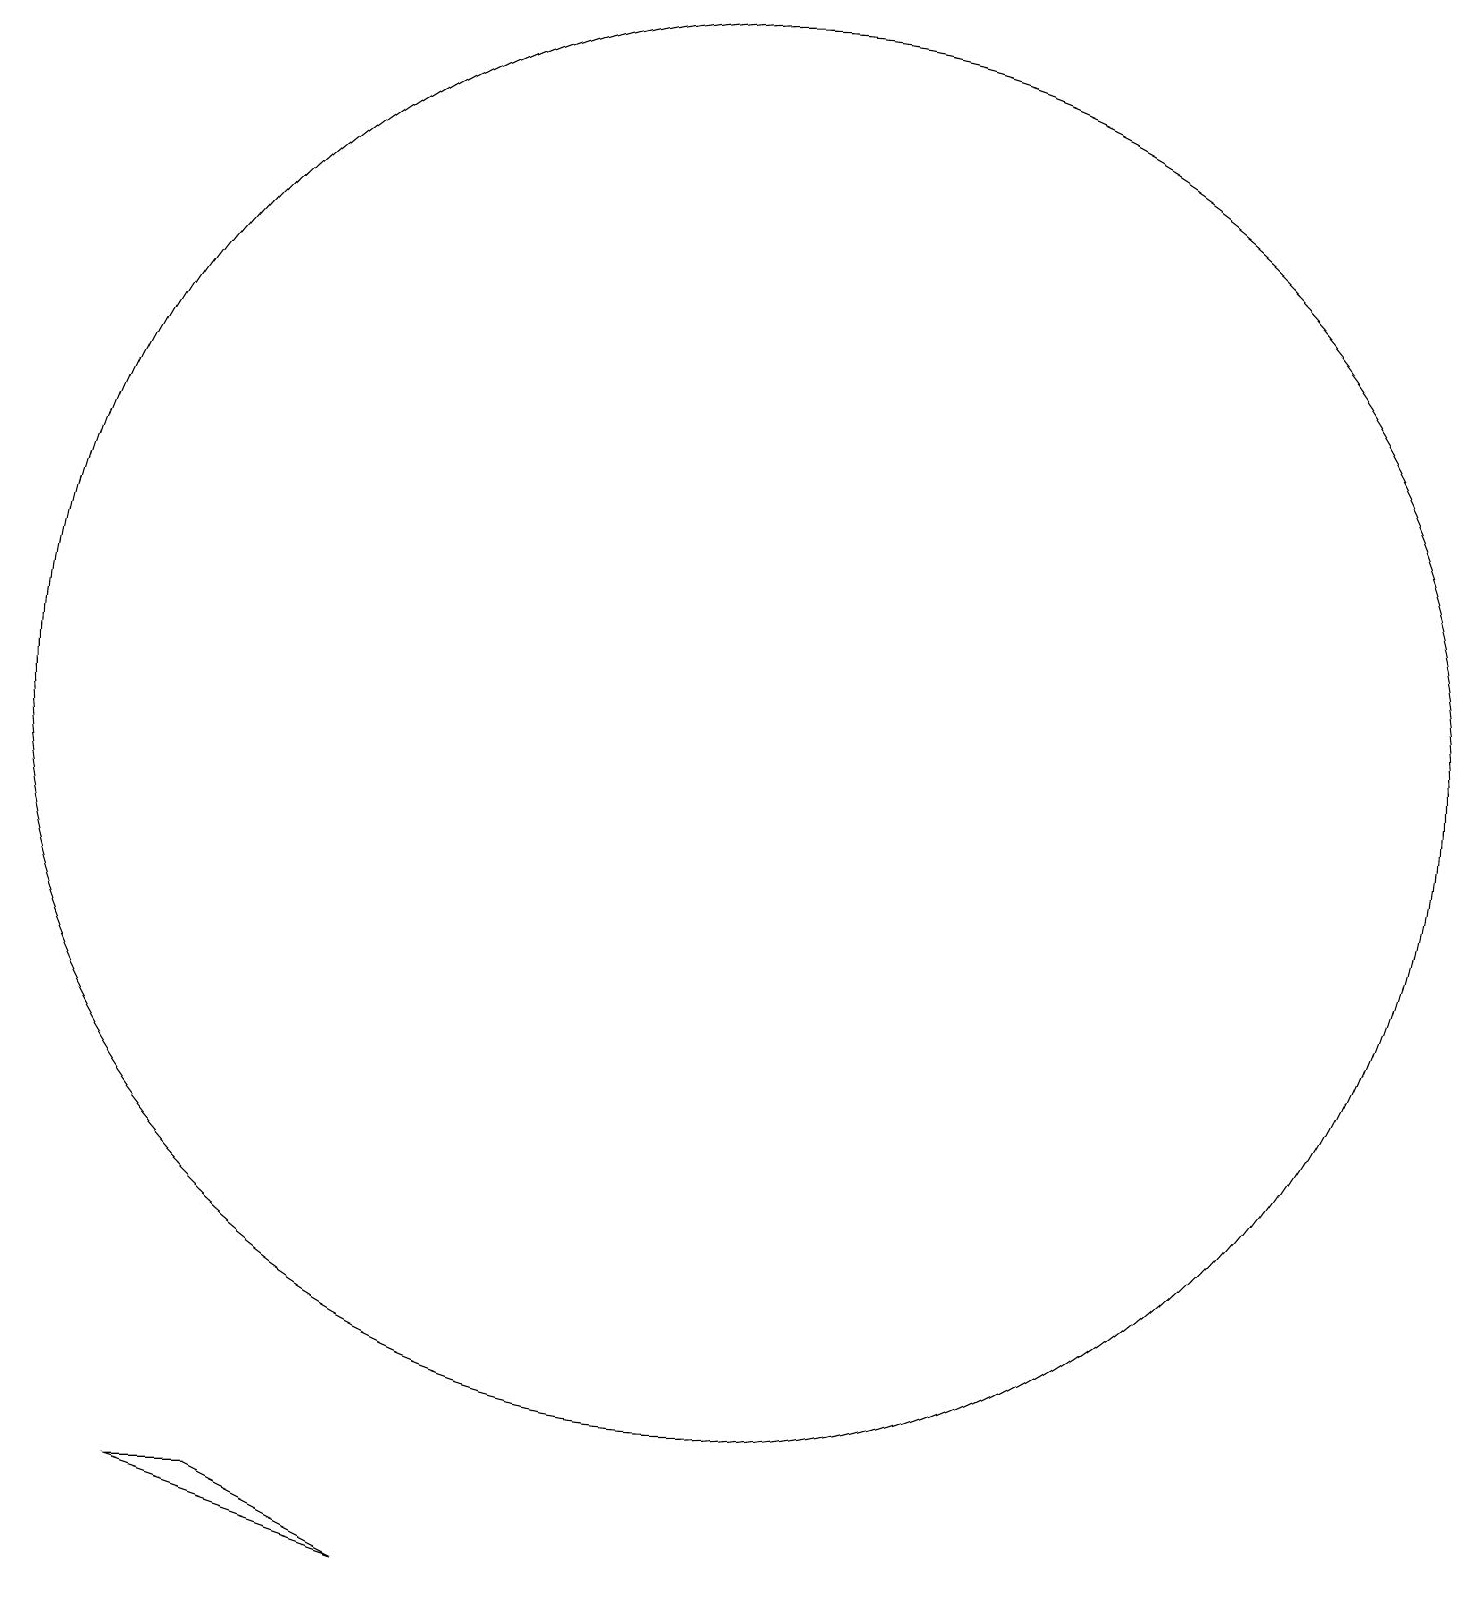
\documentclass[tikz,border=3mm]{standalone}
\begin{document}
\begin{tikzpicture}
\draw (10,11) circle (9);
\draw (4,1) -- (6,0) -- (3,1) -- cycle;
\draw (11,10) circle (0);
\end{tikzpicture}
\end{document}